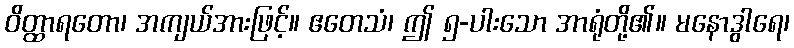
ဝိတ္ထာရတော၊ အကျယ်အားဖြင့်။ ဧတေသံ၊ ဤ ၅-ပါးသော အာရုံတို့၏။ မနောဒွါရေ၊